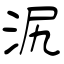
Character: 泦